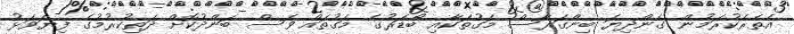
އެތެރެކުރަމުން ގެންދިޔަ ބިންގަރާސް މަގުތަކާއި ބޯޑަރުގެ މަގުތައް ވެސް ބަންދުކޮށް ދަތިކުރުމުގެ ފިޔަވަޅު